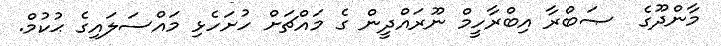
މާންދޫގެ  ޞަބްރާ އިބްރާހީމް ނޫރައްދީން ގެ މައްޗަށް ހުށަހެޅި މައްސަލައިގެ ޙުކުމް.